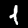
Label: 1